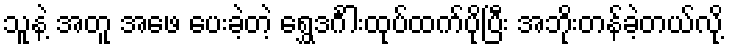
သူနဲ့ အတူ အဖေ ပေးခဲ့တဲ့ ရွှေဒင်္ဂါးထုပ်ထက်ပိုပြီး အဘိုးတန်ခဲ့တယ်လို့